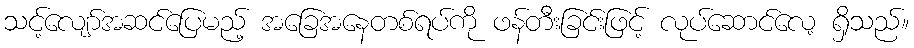
သင့်လျော်အဆင်ပြေမည့် အခြေအနေတစ်ရပ်ကို ဖန်တီးခြင်းဖြင့် လုပ်ဆောင်လေ့ ရှိသည်။